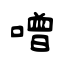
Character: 噌